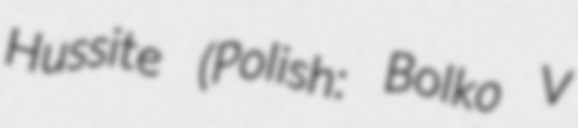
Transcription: Hussite (Polish: Bolko V